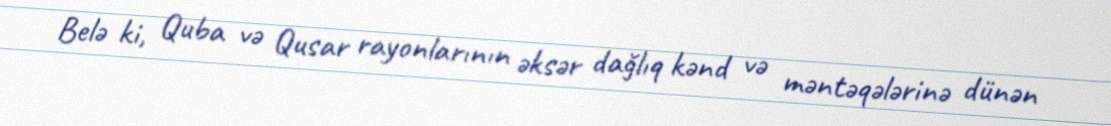
Belə ki, Quba və Qusar rayonlarının əksər dağlıq kənd və məntəqələrinə dünən